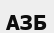
АЗБ